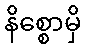
နိစ္စောမှိ